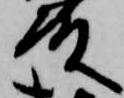
殿